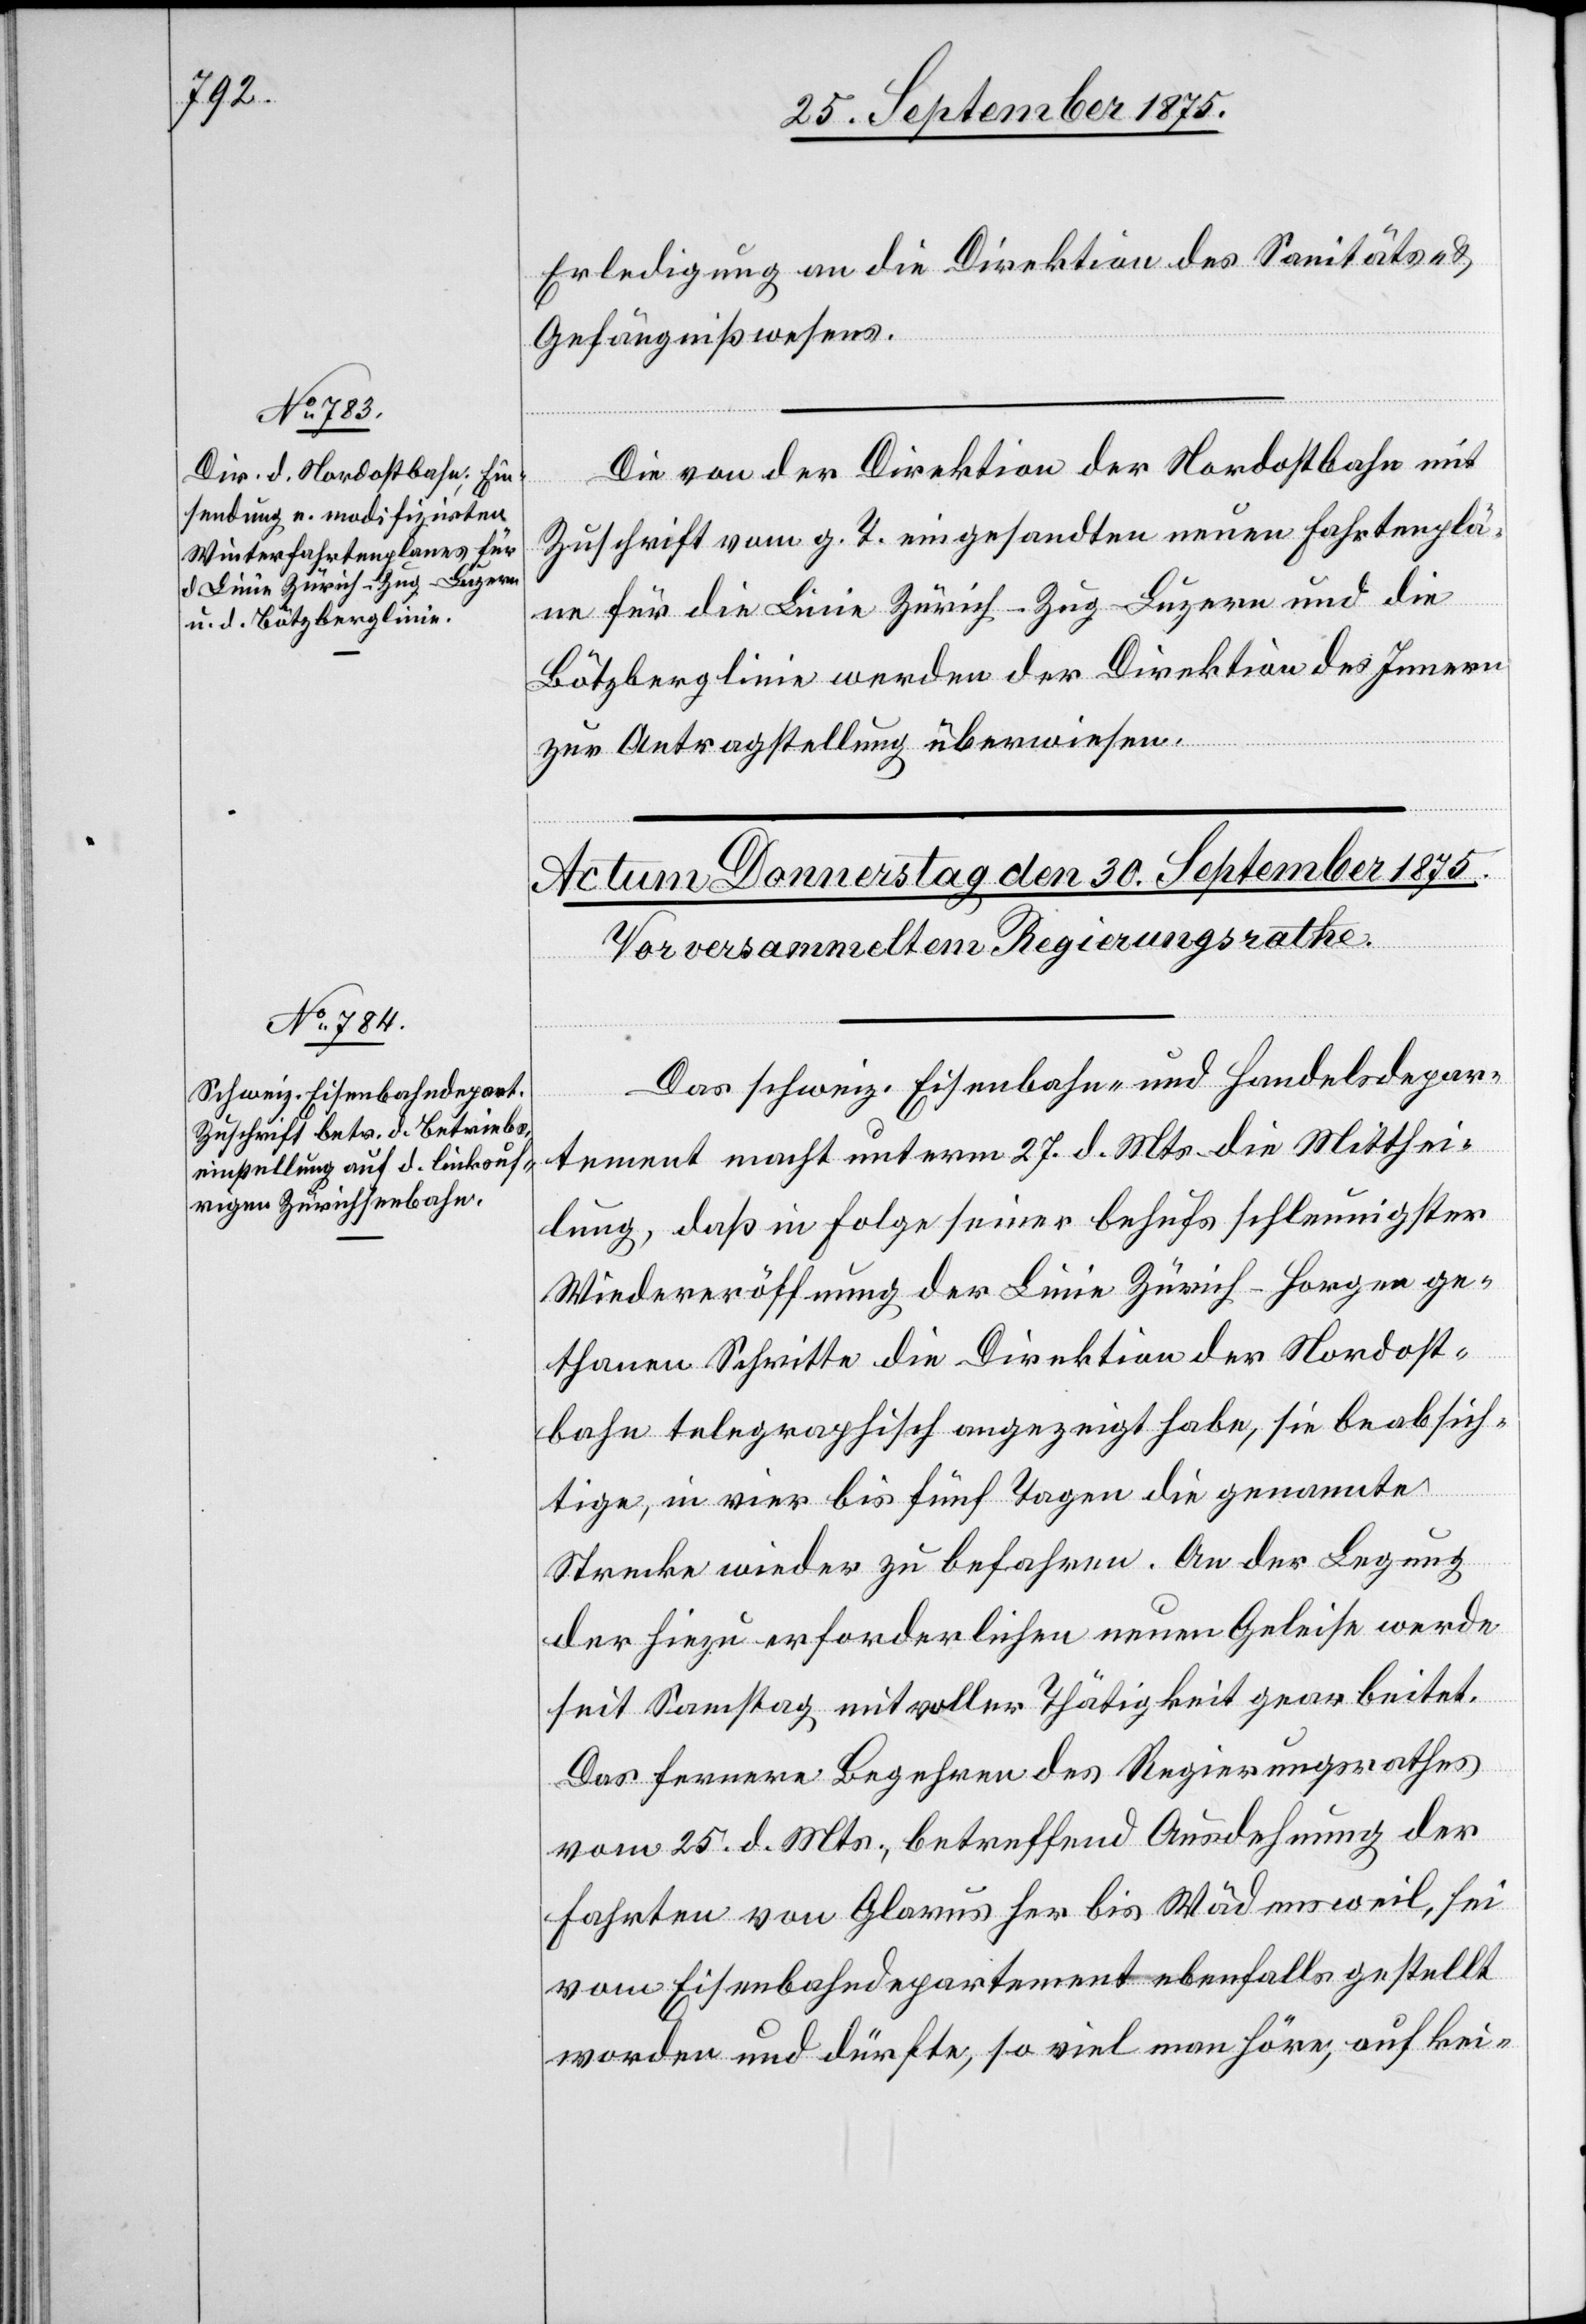
29. September 1875.]
Erledigung an die Direktion des Sanitäts- &
Gefängnißwesens.
Die von der Direktion der Nordostbahn mit
Zuschrift vom g. T. eingesandten neuen Fahrtenplä¬
ne für die Linie Zürich–Zug–Luzern und die
Bötzberglinie werden der Direktion des Innern
zur Antragstellung überwiesen.
Das schweiz. Eisenbahn- und Handelsdepar¬
tement macht unterm 27. d. Mts. die Mitthei¬
lung, daß in Folge seiner behufs schleunigster
Wiedereröffnung der Linie Zürich–Horgen ge¬
thanen Schritte die Direktion der Nordost¬
bahn telegraphisch angezeigt habe, sie beabsich¬
tige, in vier bis fünf Tagen die genannte
Strecke wieder zu befahren. An der Legung
der hiezu erforderlichen neuen Geleise werde
seit Samstag mit voller Thätigkeit gearbeitet.
Das fernere Begehren des Regierungsrathes
vom 25. d. Mts., betreffend Ausdehnung der
Fahrten von Glarus her bis Wädensweil, sei
vom Eisenbahndepartement ebenfalls gestellt
worden und dürfte, so viel man höre, auf kei-